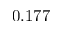
0 . 1 7 7